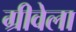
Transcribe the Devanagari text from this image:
ग्रीवेला